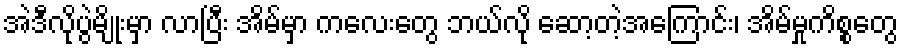
အဲဒီလိုပွဲမျိုးမှာ လာပြီး အိမ်မှာ ကလေးတွေ ဘယ်လို ဆော့တဲ့အကြောင်း၊ အိမ်မှုကိစ္စတွေ